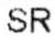
SR